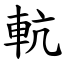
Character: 䡉